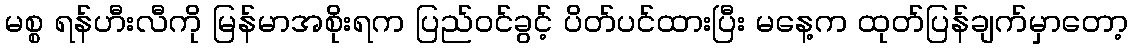
မစ္စ ရန်ဟီးလီကို မြန်မာအစိုးရက ပြည်ဝင်ခွင့် ပိတ်ပင်ထားပြီး မနေ့က ထုတ်ပြန်ချက်မှာတော့